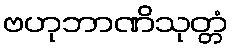
ဗဟုဘာဏိသုတ္တံ